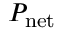
P _ { \mathrm { n e t } }